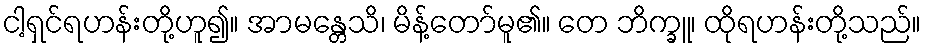
ငါ့ရှင်ရဟန်းတို့ဟူ၍။ အာမန္တေသိ၊ မိန့်တော်မူ၏။ တေ ဘိက္ခူ၊ ထိုရဟန်းတို့သည်။